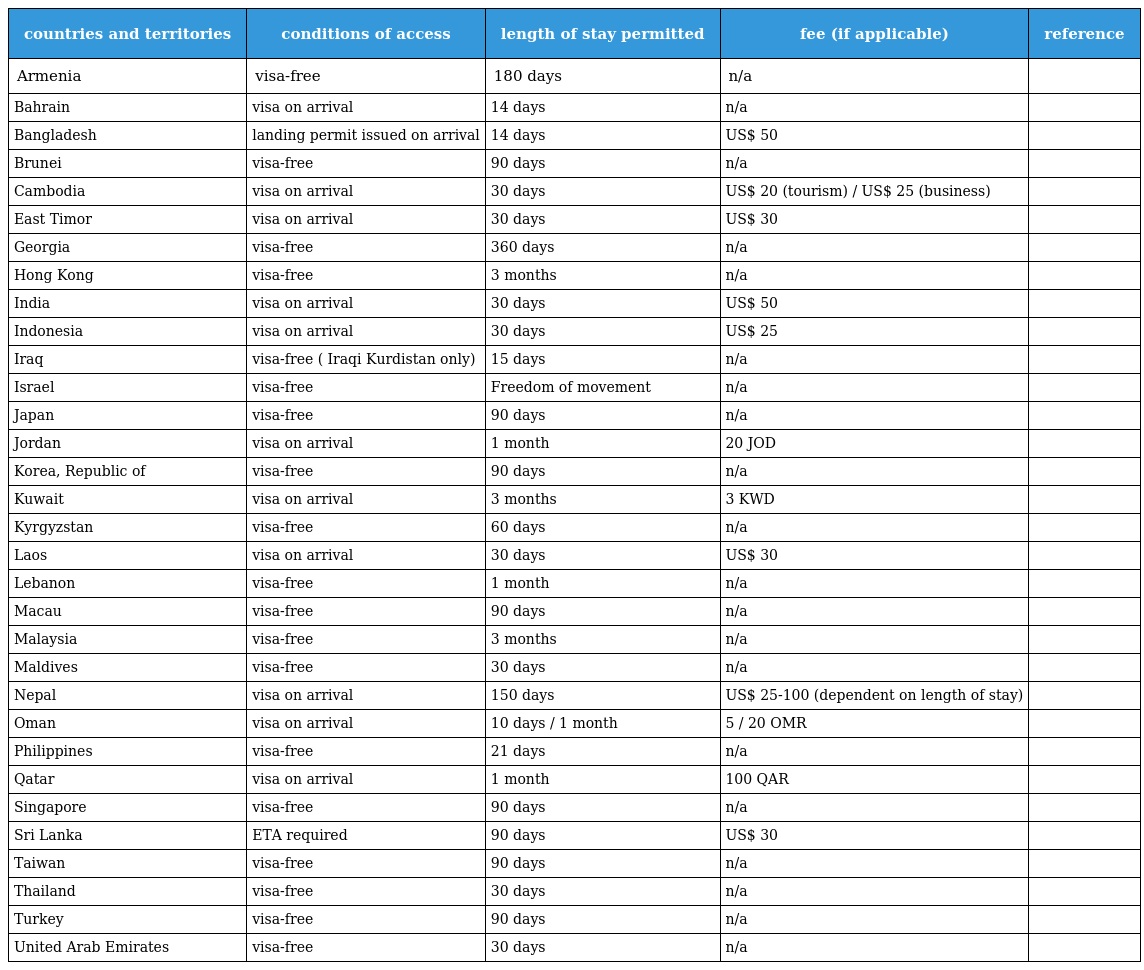
| countries and territories | conditions of access | length of stay permitted | fee (if applicable) | reference |
 | --- | --- | --- | --- | --- |
 | Armenia | visa-free | 180 days | n/a |  |
 | Bahrain | visa on arrival | 14 days | n/a |  |
 | Bangladesh | landing permit issued on arrival | 14 days | US$ 50 |  |
 | Brunei | visa-free | 90 days | n/a |  |
 | Cambodia | visa on arrival | 30 days | US$ 20 (tourism) / US$ 25 (business) |  |
 | East Timor | visa on arrival | 30 days | US$ 30 |  |
 | Georgia | visa-free | 360 days | n/a |  |
 | Hong Kong | visa-free | 3 months | n/a |  |
 | India | visa on arrival | 30 days | US$ 50 |  |
 | Indonesia | visa on arrival | 30 days | US$ 25 |  |
 | Iraq | visa-free ( Iraqi Kurdistan only) | 15 days | n/a |  |
 | Israel | visa-free | Freedom of movement | n/a |  |
 | Japan | visa-free | 90 days | n/a |  |
 | Jordan | visa on arrival | 1 month | 20 JOD |  |
 | Korea, Republic of | visa-free | 90 days | n/a |  |
 | Kuwait | visa on arrival | 3 months | 3 KWD |  |
 | Kyrgyzstan | visa-free | 60 days | n/a |  |
 | Laos | visa on arrival | 30 days | US$ 30 |  |
 | Lebanon | visa-free | 1 month | n/a |  |
 | Macau | visa-free | 90 days | n/a |  |
 | Malaysia | visa-free | 3 months | n/a |  |
 | Maldives | visa-free | 30 days | n/a |  |
 | Nepal | visa on arrival | 150 days | US$ 25-100 (dependent on length of stay) |  |
 | Oman | visa on arrival | 10 days / 1 month | 5 / 20 OMR |  |
 | Philippines | visa-free | 21 days | n/a |  |
 | Qatar | visa on arrival | 1 month | 100 QAR |  |
 | Singapore | visa-free | 90 days | n/a |  |
 | Sri Lanka | ETA required | 90 days | US$ 30 |  |
 | Taiwan | visa-free | 90 days | n/a |  |
 | Thailand | visa-free | 30 days | n/a |  |
 | Turkey | visa-free | 90 days | n/a |  |
 | United Arab Emirates | visa-free | 30 days | n/a |  |